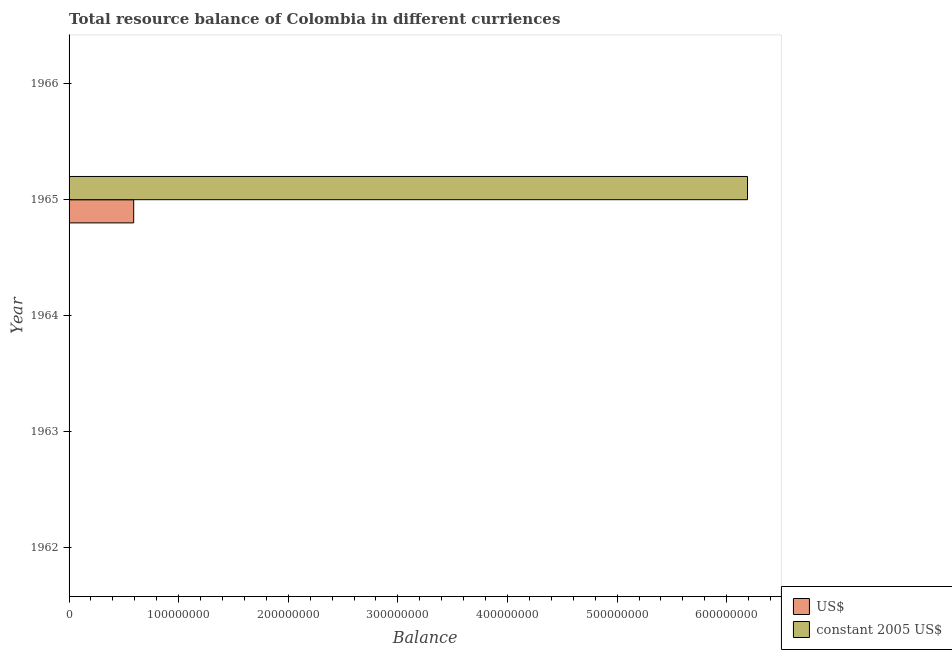
| Year | US$ | constant 2005 US$ |
 | --- | --- | --- |
 | 1962 | -1.89e+05 | -1.3e+06 |
 | 1963 | -1.78e+07 | -1.6e+08 |
 | 1964 | -4.15e+07 | -3.73e+08 |
 | 1965 | 5.9e+07 | 6.19e+08 |
 | 1966 | -1.62e+08 | -2.18e+09 |